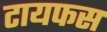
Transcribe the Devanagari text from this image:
टायफस